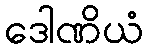
ဒေါဏိယံ